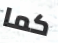
كما